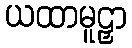
ယထာမူဠှာ